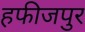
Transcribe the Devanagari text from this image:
हफीजपुर